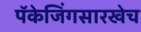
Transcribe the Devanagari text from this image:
पॅकेजिंगसारखेच